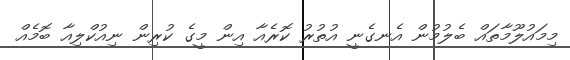
މިމައުލޫމާތައް ބެލުމުން އެނގެނީ އުތުރު ކޮރެއާ އިން މީގެ ކުރިން ނިއުކްލިއާ ބޮމެއް